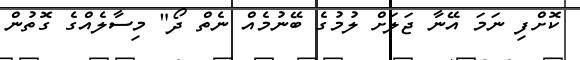
ކޮށްފި ނަމަ އޭނާ ޖަލަށް ލުމުގެ ބޭނުމެއް ނެތް ދޯ" މިސާލެއްގެ ގޮތުން